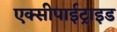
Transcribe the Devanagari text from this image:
एक्सीपाईट्राइड